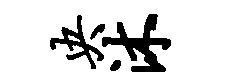
央沐